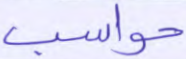
حواسب